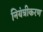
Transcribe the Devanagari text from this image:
नियंत्रीकरण